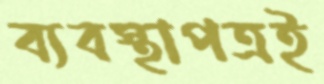
ব্যবস্থাপত্রই